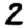
Digit: 2